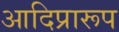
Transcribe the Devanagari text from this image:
आदिप्रारूप